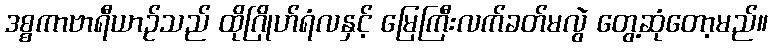
ဒစ္စကာဗာရီယာဉ်သည် ထိုဂြိုဟ်ရံလနှင့် မြေကြီးလက်ခတ်မလွဲ တွေ့ဆုံတော့မည်။